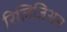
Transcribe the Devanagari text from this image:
रिलिजिअस